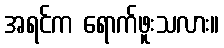
အရင်က ရောက်ဖူးသလား။